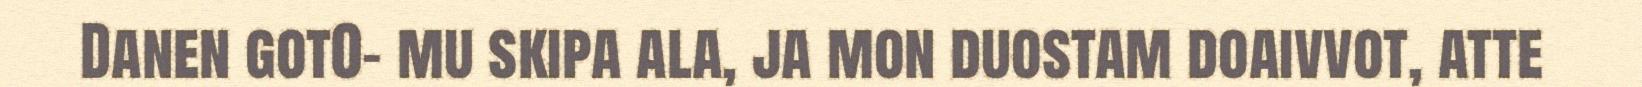
Danen got0- mu skipa ala, ja mon duostam doaivvot, atte